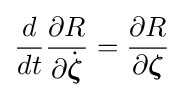
{\frac {d}{dt}}{\frac {\partial R}{\partial {\dot {\boldsymbol {\zeta }}}}}={\frac {\partial R}{\partial {\boldsymbol {\zeta }}}}